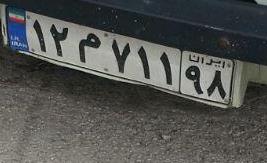
۱۲م۷۱۱۹۸